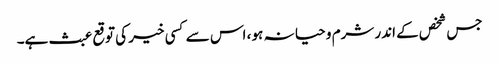
جس شخص کے اندر شرم و حیا نہ ہو ، اس سے کسی خیر کی توقع عبث ہے۔